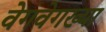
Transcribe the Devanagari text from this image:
वेगवेगख्या